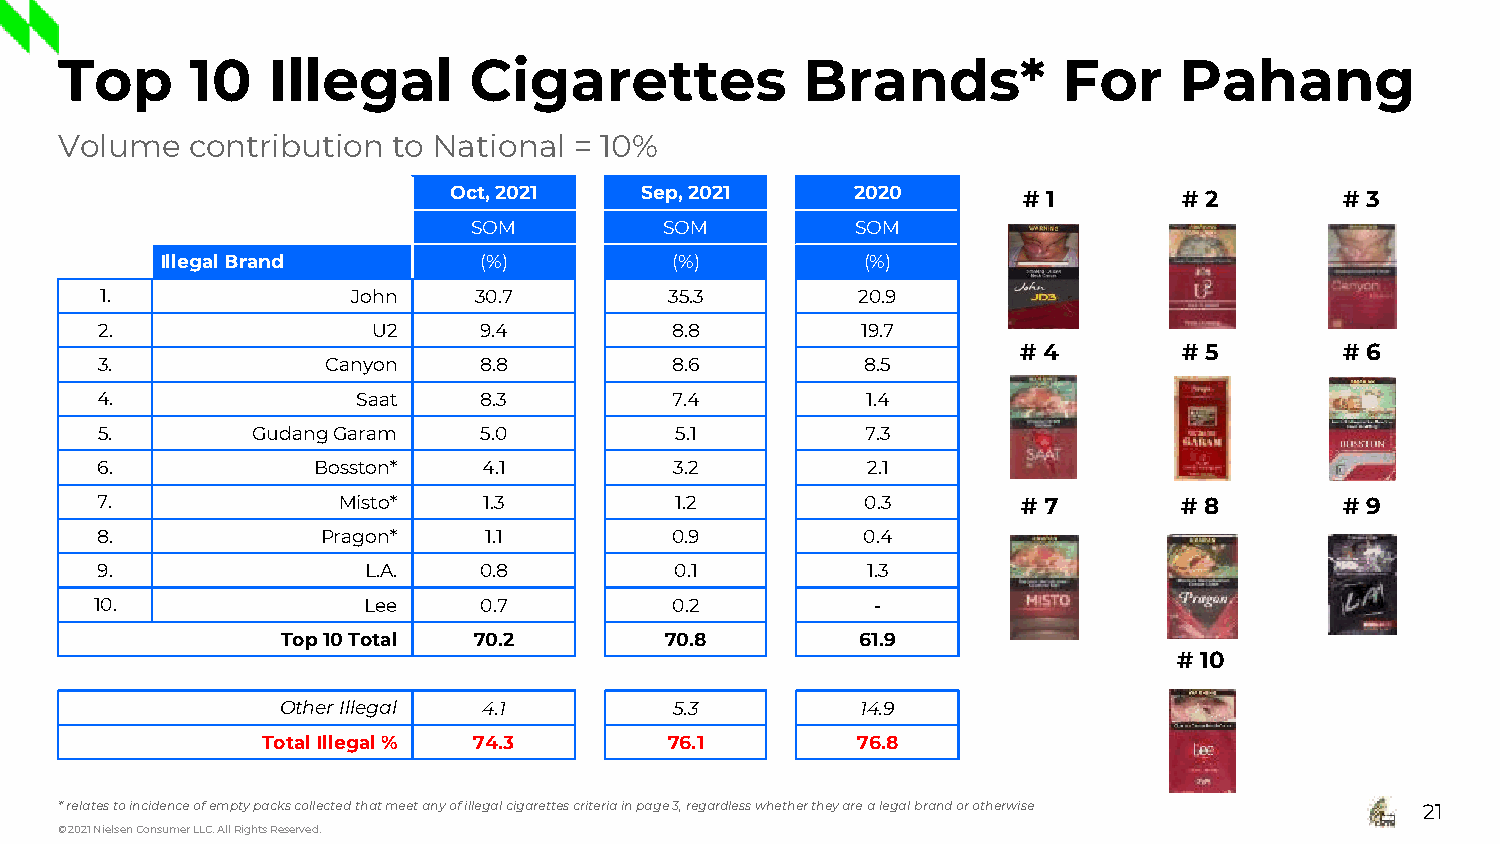
Top      10   Illegal      Cigarettes            Brands*          For     Pahang
 Volume   contribution to National = 10%
 Oct, 2021   Sep, 2021      2020       # 1       # 2        # 3
 SOM          SOM          SOM
 Illegal Brand        (%)         (%)          (%)
 1.              John    30.7         35.3         20.9
 2.                 U2     9.4         8.8          19.7
 # 4       # 5        # 6
 3.              Canyon    8.8         8.6          8.5
 4.                Saat    8.3         7.4          1.4
 5.         GudangGaram    5.0          5.1         7.3
 6.             Bosston*   4.1          3.2         2.1
 7.              Misto*    1.3          1.2         0.3        # 7       # 8        # 9
 8.             Pragon*    1.1         0.9          0.4
 9.                L.A.    0.8          0.1         1.3
 10.               Lee     0.7         0.2           -
 Top 10Total 70.2         70.8         61.9
 # 10
 Other Illegal 4.1         5.3         14.9
 Total Illegal% 74.3        76.1         76.8
 * relates to incidence of empty packs collected that meet any of illegal cigarettes criteria in page 3, regardless whether they are a legal brand or otherwise 21
 © 2021 Nielsen Consumer LLC. All Rights Reserved.